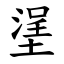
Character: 塣